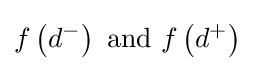
f\left(d^{-}\right){\text{ and }}f\left(d^{+}\right)